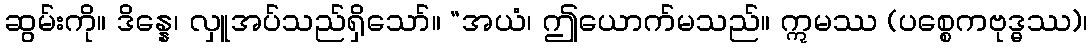
ဆွမ်းကို။ ဒိန္နေ၊ လှူအပ်သည်ရှိသော်။ “အယံ၊ ဤယောက်မသည်။ ဣမဿ (ပစ္စေကဗုဒ္ဓဿ)၊